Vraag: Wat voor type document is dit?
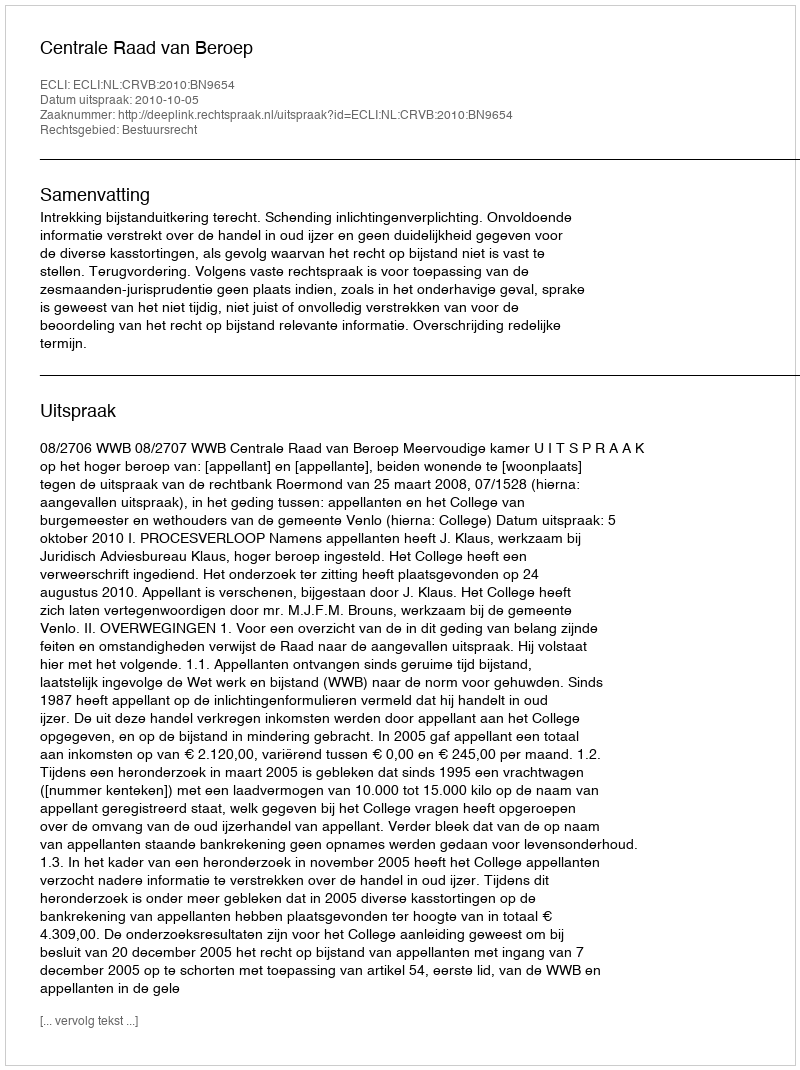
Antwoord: Uitspraak